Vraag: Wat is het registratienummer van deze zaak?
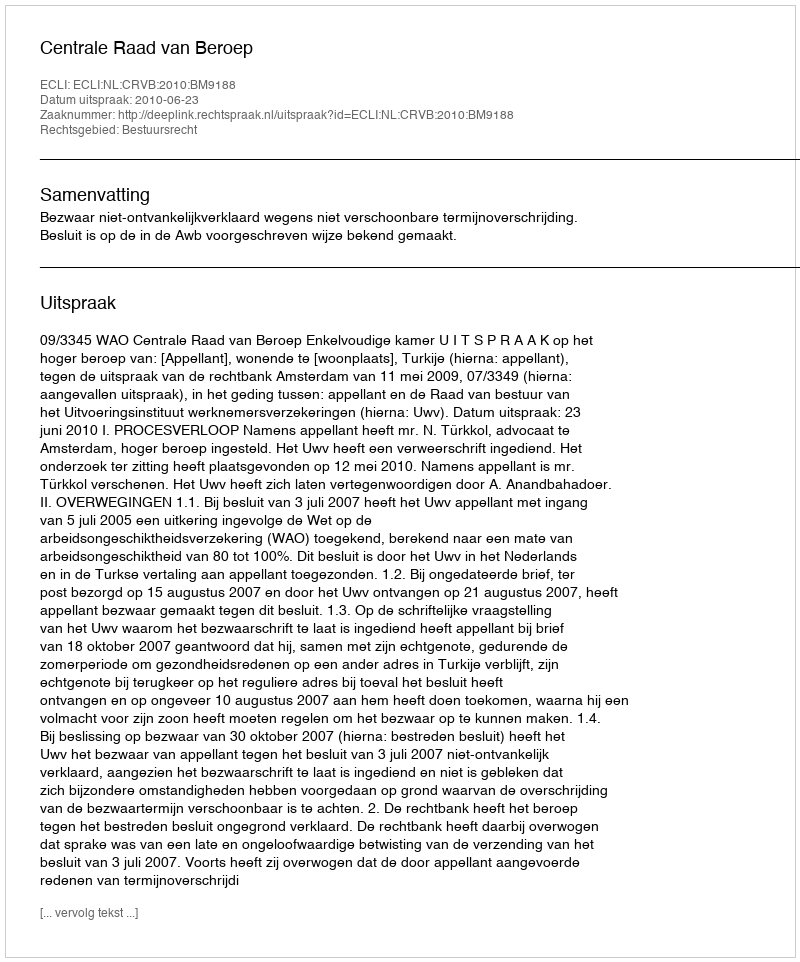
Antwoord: http://deeplink.rechtspraak.nl/uitspraak?id=ECLI:NL:CRVB:2010:BM9188